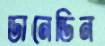
ডানেডিন